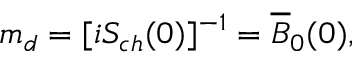
m _ { d } = [ i S _ { c h } ( 0 ) ] ^ { - 1 } = \overline { { B } } _ { 0 } ( 0 ) ,